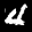
Label: 4